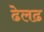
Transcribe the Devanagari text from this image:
ढेलढ